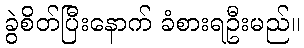
ခွဲစိတ်ပြီးနောက် ခံစားရဦးမည်။